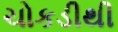
ચોકડીથી